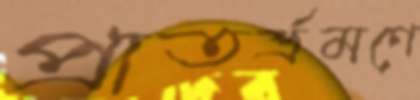
প্রাতর্ভ্রমণে